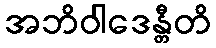
အဘိဝါဒေန္တီတိ